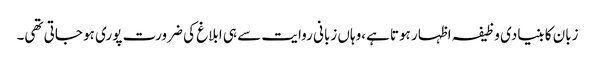
زبان کا بنیادی وظیفہ اظہار ہوتا ہے،وہاں زبانی روایت سے ہی ابلاغ کی ضرورت پوری ہو جاتی تھی۔